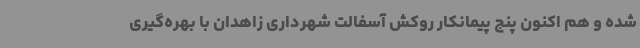
شده و هم اکنون پنج پیمانکار روکش آسفالت شهرداری زاهدان با بهره‌گیری